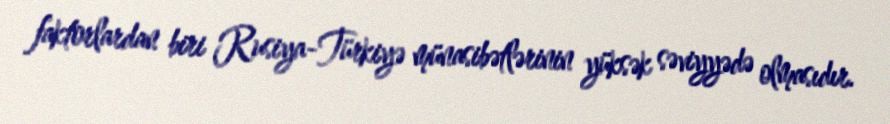
faktorlardan biri Rusiya-Türkiyə münasibətlərinin yüksək səviyyədə olmasıdır.